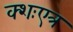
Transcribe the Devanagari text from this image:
क्शःएत्र